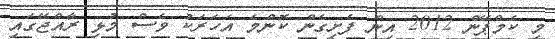
މި ކެމްޕޭން 2012 އިން ފެށިގެން ކޮންމެ އަހަރަކު ވެސް މުޅި ރާއްޖޭގައި